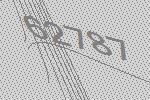
62787